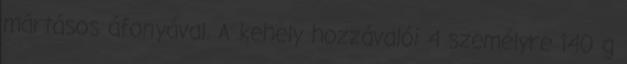
mártásos áfonyával. A kehely hozzávalói 4 személyre 140 g